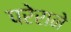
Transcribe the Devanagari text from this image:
परेराने